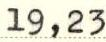
19,23